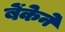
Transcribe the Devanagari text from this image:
बेंकेने